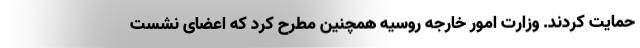
حمایت کردند. وزارت امور خارجه روسیه همچنین مطرح کرد که اعضای نشست